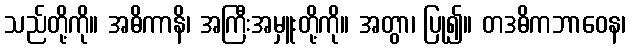
သည်တို့ကို။ အဓိကာနိ၊ အကြီးအမှူးတို့ကို။ အတွာ၊ ပြု၍။ တဒဓိကဘာဝေန၊